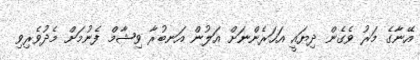
އޭނާގެ މަރު ވެގެން ދިޔައީ އަހަރެންނަށް އަލުން އަނބުރާ ވިޝާމް ފެނުމަށް މެދުވެރިވި